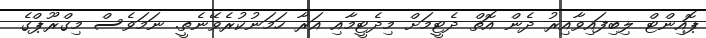
ޕޮއިންޓް ލިބިފައިވާއިރު ދެން އޮތް ދެޓީމަށް މިދެޓީމާއި އަރާ ހަމަނުކުރެވޭނެތީ. ނަމަވެސް މިގްރޫޕްގެ